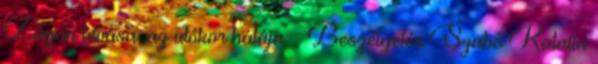
Zágon hívása, az utókor hálája – Beszélgetés Szabó Katalin